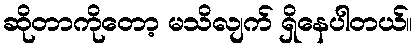
ဆိုတာကိုတော့ မသိလျက် ရှိနေပါတယ်။